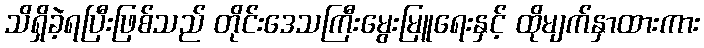
သိရှိခဲ့ရပြီးဖြစ်သည် တိုင်းဒေသကြီးမွေးမြူရေးနှင့် ထိုမျက်နှာထားကား